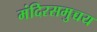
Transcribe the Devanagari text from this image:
मंदिरसमुच्चय